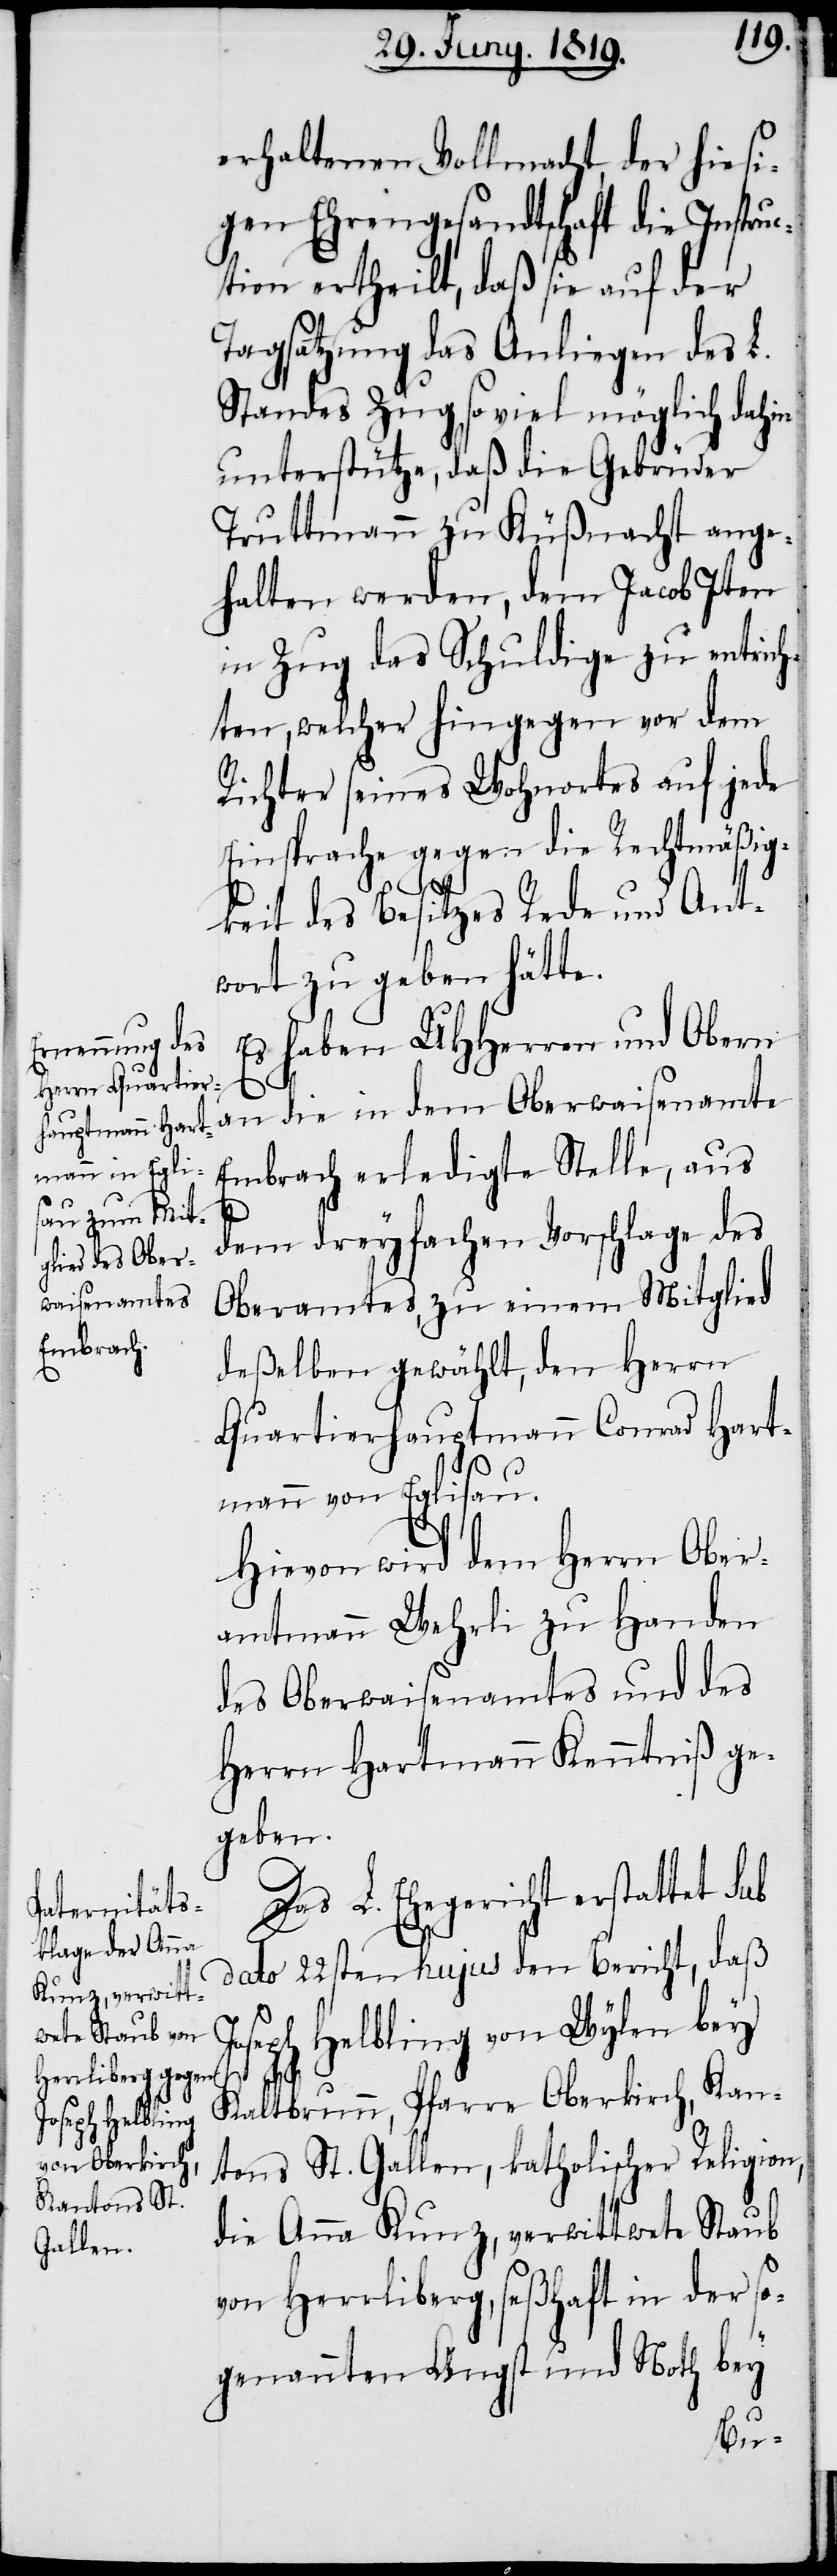
erhaltenen Vollmacht, der hiesi¬
gen Ehrengesandtschaft die Instruc¬
tion ertheilt, daß sie auf der
Tagsatzung das Anliegen des L.
Standes Zug so viel möglich dahin
unterstütze, daß die Gebrüder
Truttmann zu Küßnacht ange¬
halten werden, dem Jacob Iten
in Zug das Schuldige zu entrich¬
ten, welcher hingegen vor dem
Richter seines Wohnortes auf jede
Einsprache gegen die Rechtmäßig¬
keit des Besitzes Rede und Ant¬
wort zu geben hätte.
Es haben UHHerren und Obern
an die in dem Oberwaisenamte
Embrach erledigte Stelle, aus
dem dreyfachen Vorschlage des
Oberamtes, zu einem Mitglied
deßelben gewählt, den Herrn
Quartierhauptmann Conrad Hart¬
mann von Eglisau.
Hievon wird dem Herrn Ober¬
amtmann Wehrli zu Handen
des Oberwaisenamtes und des
Herrn Hartmann Kenntniß ge¬
geben.
Das L. Ehegericht erstattet sub
dato 22sten hujus den Bericht, daß
Joseph Helbling von Wylen bey
Kaltbrunn, Pfarre Oberkirch, Kan¬
tons St. Gallen, katholischer Religion,
die Anna Kunz, verwittwete Staub
von Herrliberg, seßhaft in der so¬
genannten Angst und Noth bey